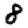
Digit: 8